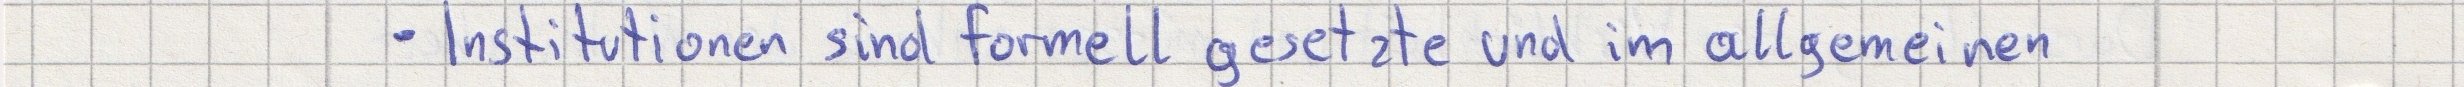
- Institutionen sind formell gesetzte und im allgemeinen